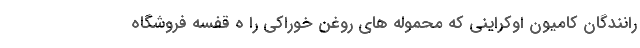
رانندگان کامیون اوکراینی که محموله های روغن خوراکی را ه قفسه فروشگاه